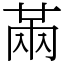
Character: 㒼